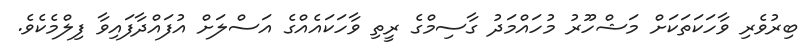
ބިރުވެރި ވާހަކަތަކަށް މަޝްހޫރު މުހައްމަދު ގާސިމްގެ ރީތި ވާހަކައެއްގެ އަސްލަށް އުފައްދާފައިވާ ފިލްމެކެވެ.